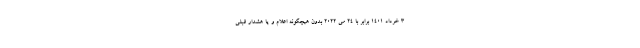
۳ خرداد ۱۴۰۱ برابر با ۲۴ می ۲۰۲۲ بدون هیچگونه اعلام و یا هشدار قبلی